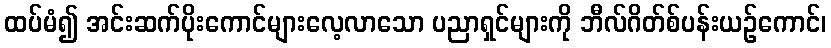
ထပ်မံ၍ အင်းဆက်ပိုးကောင်များလေ့လာသော ပညာရှင်များကို ဘီလ်ဂိတ်စ်ပန်းယဉ်ကောင်၊